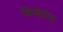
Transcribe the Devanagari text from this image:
शियोदोम